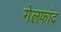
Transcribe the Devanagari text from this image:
गेलफांद